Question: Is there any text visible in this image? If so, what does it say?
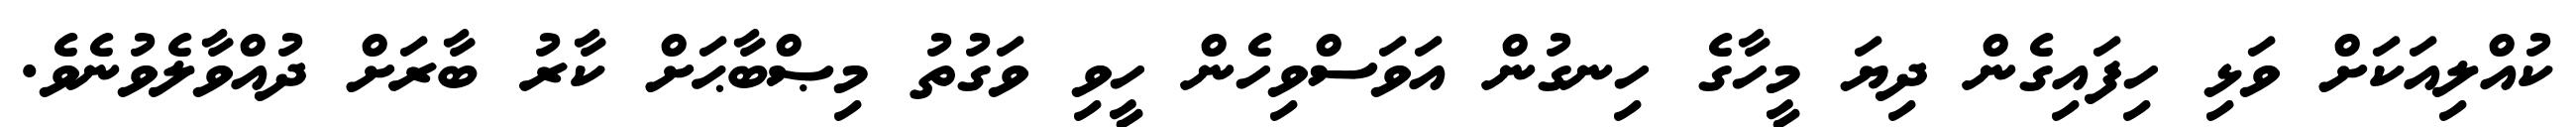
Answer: ކުއްލިއަކަށް ވަޅި ހިފައިގެން ދިޔަ މީހާގެ ހިނގުން އަވަސްވިހެން ހީވި ވަގުތު މިޞްބާޙަށް ކާރު ބާރަށް ދުއްވާލެވުނެވެ.